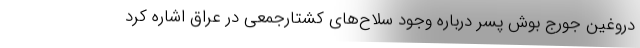
دروغین جورج بوش پسر درباره وجود سلاح‌های کشتارجمعی در عراق اشاره کرد